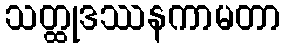
သတ္ထုဒဿနကာမတာ